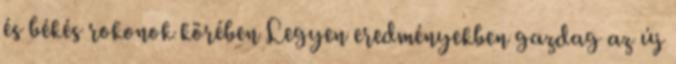
és békés rokonok körében Legyen eredményekben gazdag az új